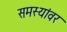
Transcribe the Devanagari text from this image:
समस्‍यांवर